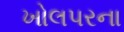
ખોલપરના